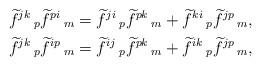
LaTeX: \begin{align*}& \widetilde{f}^{jk}\,_{p}\widetilde{f}^{pi}\,_{m}=\widetilde{f}^{ji}\,_{p}\widetilde{f}^{pk}\,_{m}+\widetilde{f}^{ki}\,_{p}\widetilde{f}^{jp}\,_{m},\\& \widetilde{f}^{jk}\,_{p}\widetilde{f}^{ip}\,_{m}=\widetilde{f}^{ij}\,_{p}\widetilde{f}^{pk}\,_{m}+\widetilde{f}^{ik}\,_{p}\widetilde{f}^{jp}\,_{m},\end{align*}